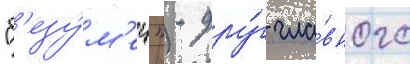
"б'езу́м'ец") - дру́г гла́вного